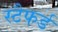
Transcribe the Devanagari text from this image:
स्टैफर्ड